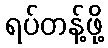
ရပ်တန့်ဖို့